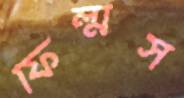
ফিল্মস